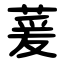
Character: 萲